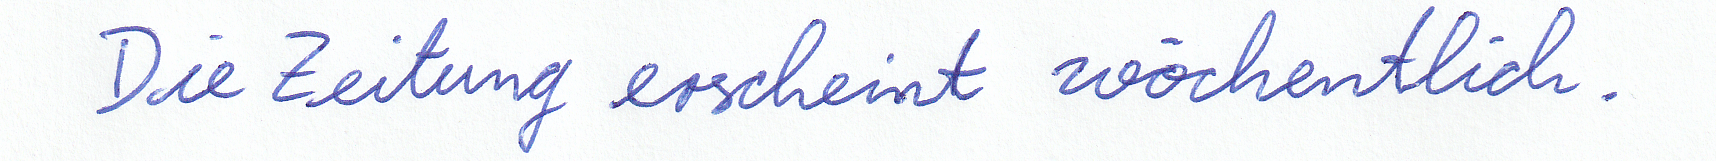
Die Zeitung erscheint wöchentlich.